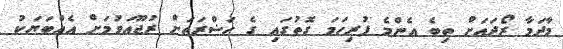
މާދަމާ ރޯދައަށް ތިބެ އެންމެ ފުރިހަމަ ގޮތުގައި ގެ ހަޟްރަތަށް ރުޖޫޢަވުމަށް އެއްބަޔަކު